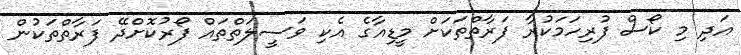
އަދި މި ކޯސް ފުރިހަމަކުރާ ފަރާތްތަކަށް މީޑިއާގެ އެކި ވަސީލަތްތައް ފޯރުކޮށްދޭ ފަރާތްތަކުން